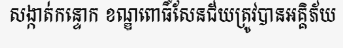
សង្កាត់កន្ទោក ខណ្ឌពោធិ៍សែនជ័យត្រូវបានអគ្គិភ័យ